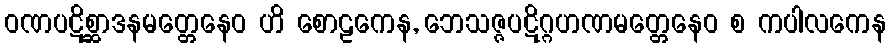
ဝဏပဋိစ္ဆာဒနမတ္တေနေဝ ဟိ စောဠကေန, ဘေသဇ္ဇပဋိဂ္ဂဟဏမတ္တေနေဝ စ ကပါလကေန